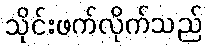
သိုင်းဖက်လိုက်သည်